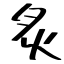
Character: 炙